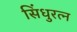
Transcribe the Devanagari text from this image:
सिंधुरत्‍न